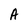
Character: A